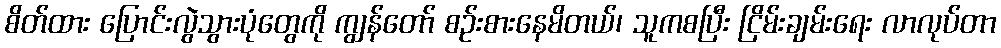
စိတ်ထား ပြောင်းလွဲသွားပုံတွေကို ကျွန်တော် စဉ်းစားနေမိတယ်၊ သူကစပြီး ငြိမ်းချမ်းရေး လာလုပ်တာ